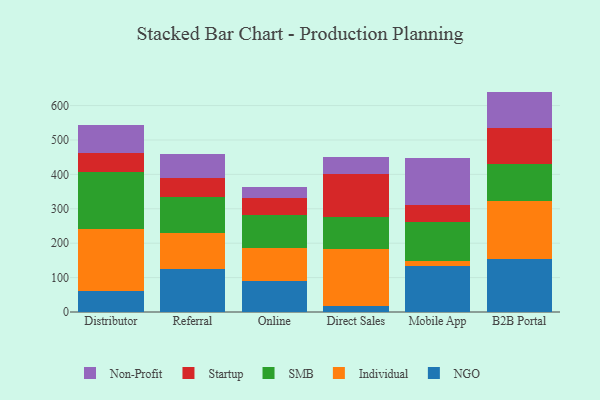
{"axis": {"x": "Channel", "y": "Churn Rate (%)"}, "legend": ["Individual", "NGO", "Non-Profit", "SMB", "Startup"], "data": [{"x": "Distributor", "y": 61.9, "type": "NGO"}, {"x": "Distributor", "y": 179.0, "type": "Individual"}, {"x": "Distributor", "y": 166.5, "type": "SMB"}, {"x": "Distributor", "y": 55.1, "type": "Startup"}, {"x": "Distributor", "y": 81.1, "type": "Non-Profit"}, {"x": "Referral", "y": 125.0, "type": "NGO"}, {"x": "Referral", "y": 105.7, "type": "Individual"}, {"x": "Referral", "y": 102.8, "type": "SMB"}, {"x": "Referral", "y": 54.6, "type": "Startup"}, {"x": "Referral", "y": 71.9, "type": "Non-Profit"}, {"x": "Online", "y": 88.8, "type": "NGO"}, {"x": "Online", "y": 96.3, "type": "Individual"}, {"x": "Online", "y": 97.6, "type": "SMB"}, {"x": "Online", "y": 48.0, "type": "Startup"}, {"x": "Online", "y": 31.2, "type": "Non-Profit"}, {"x": "Direct Sales", "y": 18.7, "type": "NGO"}, {"x": "Direct Sales", "y": 163.8, "type": "Individual"}, {"x": "Direct Sales", "y": 92.5, "type": "SMB"}, {"x": "Direct Sales", "y": 126.0, "type": "Startup"}, {"x": "Direct Sales", "y": 49.2, "type": "Non-Profit"}, {"x": "Mobile App", "y": 134.2, "type": "NGO"}, {"x": "Mobile App", "y": 15.3, "type": "Individual"}, {"x": "Mobile App", "y": 111.7, "type": "SMB"}, {"x": "Mobile App", "y": 50.3, "type": "Startup"}, {"x": "Mobile App", "y": 135.3, "type": "Non-Profit"}, {"x": "B2B Portal", "y": 154.9, "type": "NGO"}, {"x": "B2B Portal", "y": 168.0, "type": "Individual"}, {"x": "B2B Portal", "y": 106.5, "type": "SMB"}, {"x": "B2B Portal", "y": 105.2, "type": "Startup"}, {"x": "B2B Portal", "y": 106.0, "type": "Non-Profit"}]}